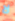
لا